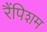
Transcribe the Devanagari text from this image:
रैंपिशम